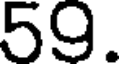
59.